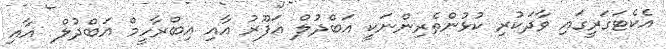
އެކެޓަގަރީގައި ވާދަކުރި ކުޅުންތެރިންނަކީ އަބްދުލް ޣަފޫރު އާއި އިބްރާހީމް އަބްދުލް  އާއި